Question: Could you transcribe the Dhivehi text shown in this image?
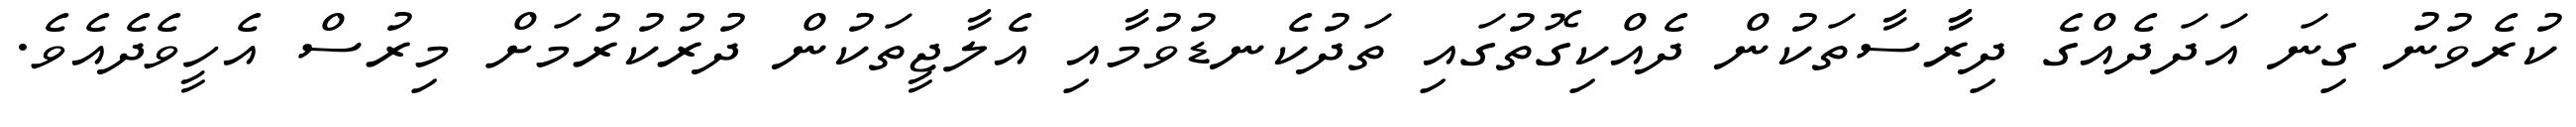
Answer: ކުރެވުނު ގިނަ އަދަދެއްގެ ދިރާާސާތަކުން ދެއްކިގޮތުގައި ތަދުކެނޑުވުމާއި އެލާޖީތަކުން ދުރުކުރުމަށް މިރުސް އެހީވެދެއެވެ.